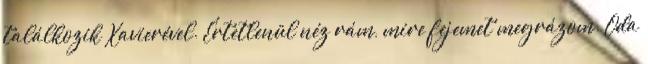
találkozik Xavierével. Értetlenül néz rám, mire fejemet megrázom. Oda